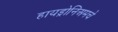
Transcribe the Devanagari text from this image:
हायड्रोनिअमचे